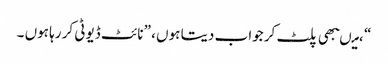
“ ،میںبھی پلٹ کر جواب دیتا ہوں ، ”نائٹ ڈیوٹی کر رہا ہوں ۔